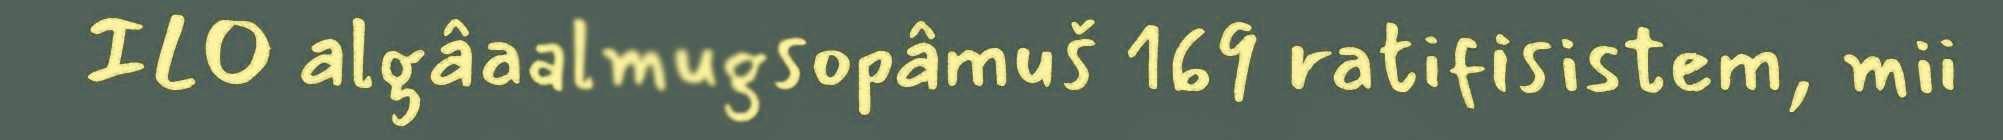
ILO algâaalmugsopâmuš 169 ratifisistem, mii